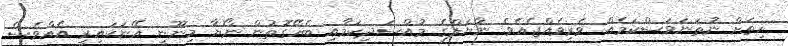
ހިތަށް ނުތަނަވަސްކަމެއް ވެރިވެއްޖެއެވެ. ނާޔަލްގެ މުއްސަދިކަމާއި ބެހޭގޮތުން ނޯޔާ މިނޫނީ އޭނަކައިރީ އެއްވެސް